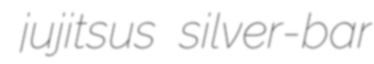
jujitsus silver-bar